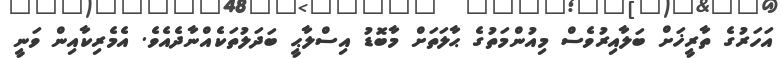
އަހަރުގެ ތާރީޚަށް ބަލާއިރުވެސް މިއުންމަތުގެ ޙާލަތަށް މާބޮޑު އިސްލާޙީ ބަދަލުތަކެއްނާދެއެވެ. އެމެރިކާއިން ވަނީ